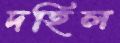
দহিল